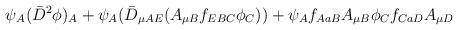
LaTeX: \begin{align*}\psi_A(\bar{D}^2\phi)_A+\psi_A(\bar{D}_{\mu AE}(A_{\mu B}f_{EBC}\phi_C))+\psi_Af_{AaB}A_{\mu B}\phi_Cf_{CaD}A_{\mu D}\end{align*}